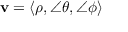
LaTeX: \mathbf { v } = \langle \rho , \angle \theta , \angle \phi \rangle